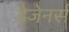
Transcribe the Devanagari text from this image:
डेजेनर्स